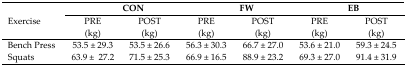
|  | <COLSPAN=2> CON | <COLSPAN=2> FW | <COLSPAN=2> EB |
 | Exercise | PRE (kg) | POST (kg) | PRE (kg) | POST (kg) | PRE (kg) | POST (kg) |
 | --- | --- | --- | --- | --- | --- | --- |
 | Bench Press | 53.5 ± 29.3 | 53.5 ± 26.6 | 56.3 ± 30.3 | 66.7 ± 27.0 | 53.6 ± 21.0 | 59.3 ± 24.5 |
 | Squats | 63.9 ± 27.2 | 71.5 ± 25.3 | 66.9 ± 16.5 | 88.9 ± 23.2 | 69.3 ± 27.0 | 91.4 ± 31.9 |